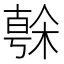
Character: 𣘒